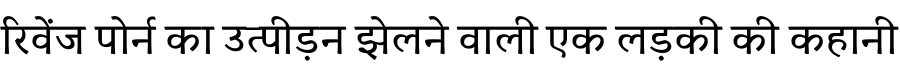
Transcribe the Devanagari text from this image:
रिवेंज पोर्न का उत्पीड़न झेलने वाली एक लड़की की कहानी